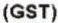
(GST)